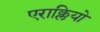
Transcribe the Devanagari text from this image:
एराक्लियो